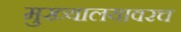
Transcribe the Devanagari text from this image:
मुख्यालयावरच